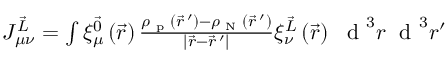
\begin{array} { r } { J _ { \mu \nu } ^ { \vec { L } } = \int \xi _ { \mu } ^ { \vec { 0 } } \left( \vec { r } \right) \frac { \rho _ { \textrm { p } } ( \vec { r } \, ^ { \prime } ) - \rho _ { \textrm { N } } ( \vec { r } \, ^ { \prime } ) } { \left| \vec { r } - \vec { r } \, ^ { \prime } \right| } \xi _ { \nu } ^ { \vec { L } } \left( \vec { r } \right) ~ \textrm { d } ^ { 3 } r \; \textrm { d } ^ { 3 } r ^ { \prime } } \end{array}